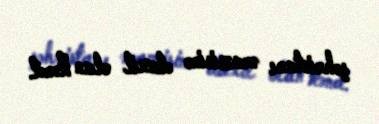
şəhristanı ərazisinə daxil olan kənd.